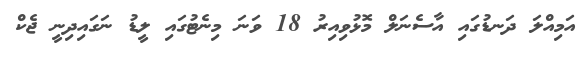
އަމިއްލަ ދަނޑުގައި އާސެނަލް މޮޅުވިއިރު 18 ވަނަ މިނެޓުގައި ލީޑު ނަގައިދިނީ ޖެކް